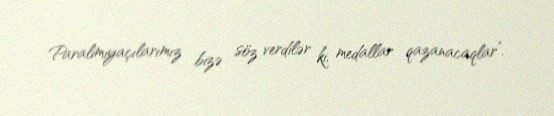
Paralimiyaçılarımız bizə söz verdilər ki, medallar qazanacaqlar”.